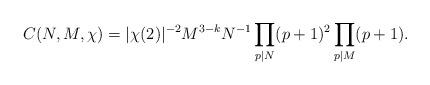
LaTeX: \begin{align*} C(N,M,\chi) = |\chi(2)|^{-2} M^{3-k}N^{-1} \prod_{p\mid N}(p+1)^2\prod_{p\mid M} (p+1). \end{align*}